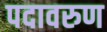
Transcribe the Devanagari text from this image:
पदावरुण